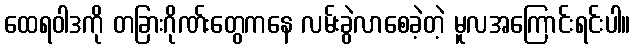
ထေရဝါဒကို တခြားဂိုဏ်းတွေကနေ လမ်းခွဲလာစေခဲ့တဲ့ မူလအကြောင်းရင်းပါ။